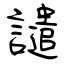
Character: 譴